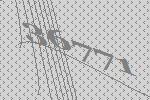
36771